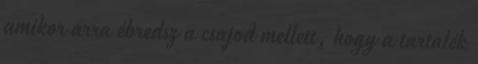
amikor arra ébredsz a csajod mellett, hogy a tartalék